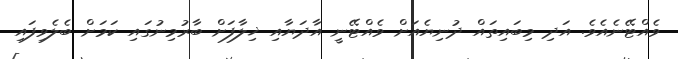
ވެއްޓޭނެއެވެ. އަދި މިބައިތައް ދުނިޔެއަށް ވެއްޓޭނީ އާދަޔާއި ޚިލާފަށް ބާރުމިނުގައި ކަމަށް ބެލެވިފައި